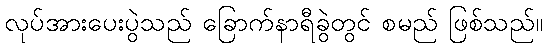
လုပ်အားပေးပွဲသည် ခြောက်နာရီခွဲတွင် စမည် ဖြစ်သည်။